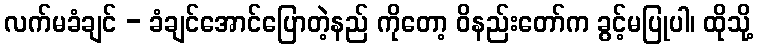
လက်မခံချင် - ခံချင်အောင်ပြောတဲ့နည် ကိုတော့ ဝိနည်းတော်က ခွင့်မပြုပါ၊ ထိုသို့